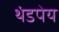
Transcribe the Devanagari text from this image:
थंडपेय